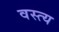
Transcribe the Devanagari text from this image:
वस्त्य